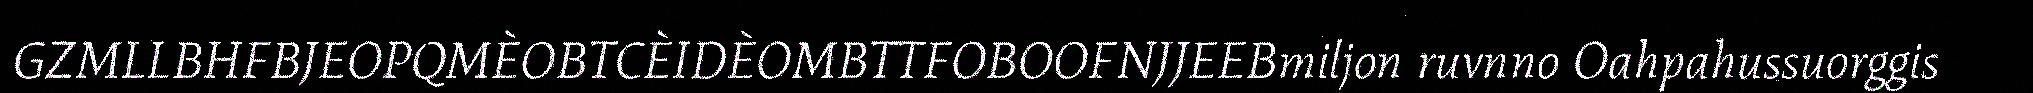
GZMLLBHFBJEOPQMÈOBTCÈIDÈOMBTTFOBOOFNJJEEBmiljon ruvnno Oahpahussuorggis